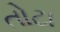
તોટા